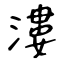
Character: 漊